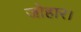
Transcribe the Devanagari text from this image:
जोहार।